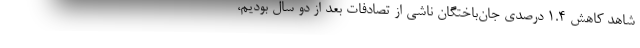
شاهد کاهش 1.4 درصدی جان‌باختگان ناشی از تصادفات بعد از دو سال بودیم،